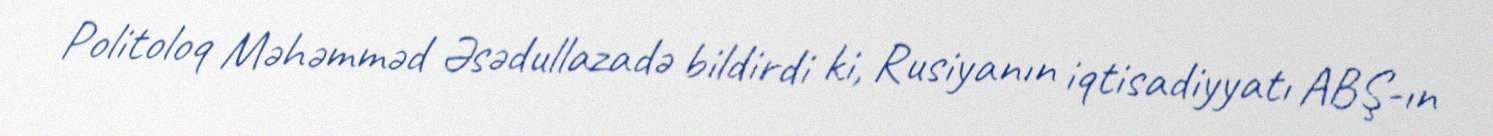
Politoloq Məhəmməd Əsədullazadə bildirdi ki, Rusiyanın iqtisadiyyatı ABŞ-ın